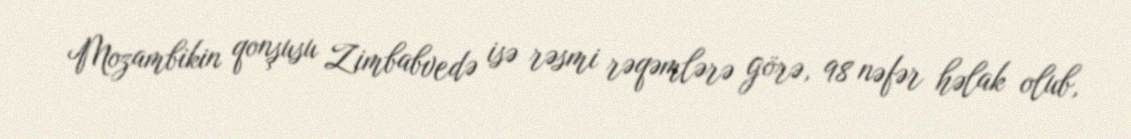
Mozambikin qonşusu Zimbabvedə isə rəsmi rəqəmlərə görə, 98 nəfər həlak olub,